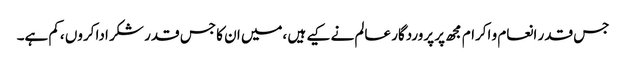
جس قدر انعام و اکرام مجھ پر پروردگار عالم نے کیے ہیں ،میں ان کا جس قدر شکر ادا کروں ،کم ہے۔